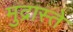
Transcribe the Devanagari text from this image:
मुद्रास्ते